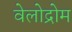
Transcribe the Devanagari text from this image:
वेलोद्रोम